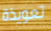
تعويذة